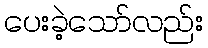
ပေးခဲ့သော်လည်း